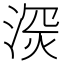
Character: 𱧑